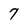
Character: 7